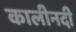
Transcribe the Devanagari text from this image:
कालीनदी